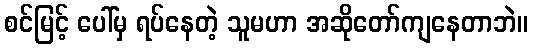
စင်မြင့် ပေါ်မှ ရပ်နေတဲ့ သူမဟာ အဆိုတော်ကျနေတာဘဲ။